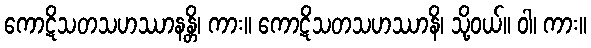
ကောဋိသတသဟဿာနန္တိ၊ ကား။ ကောဋိသတသဟဿာနိ၊ သို့ဝယ်။ ဝါ၊ ကား။